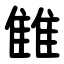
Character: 雔